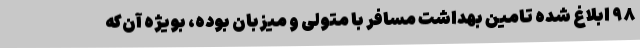
۹۸ ابلاغ شده تامین بهداشت مسافر با متولی و میزبان بوده، بویژه آن‌که